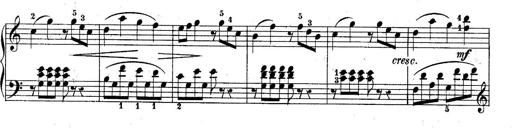
Title: 10 Sonatines progressives
Composer: Anton Schmoll